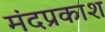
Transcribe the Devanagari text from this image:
मंदप्रकाश